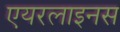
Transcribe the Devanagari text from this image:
एयरलाइनस